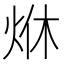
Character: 烌